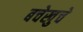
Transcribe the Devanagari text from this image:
बचेखुचे